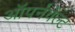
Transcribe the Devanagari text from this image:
ऑपर्नवेल्ट